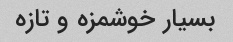
بسیار خوشمزه و تازه